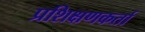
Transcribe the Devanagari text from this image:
प्रशिक्षणकर्ता